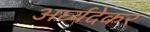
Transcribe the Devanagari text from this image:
अर्घ्यदेकर